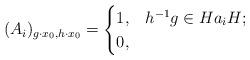
LaTeX: \begin{align*} (A_i)_{g\cdot x_0, h\cdot x_0} = \begin{cases}1, & h^{-1}g \in Ha_i H; \\0, & \end{cases}\end{align*}